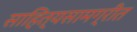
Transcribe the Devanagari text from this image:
साहित्यसामग्रीत